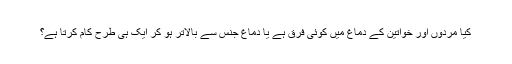
کیا مردوں اور خواتین کے دماغ میں کوئی فرق ہے یا دماغ جنس سے بالاتر ہو کر ایک ہی طرح کام کرتا ہے؟